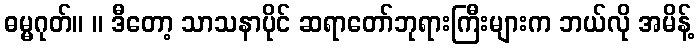
ဓမ္မဂုတ်။ ။ ဒီတော့ သာသနာပိုင် ဆရာတော်ဘုရားကြီးများက ဘယ်လို အမိန့်